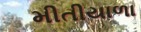
મીતીયાળા